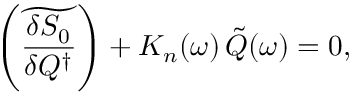
\left( \widetilde { \frac { \delta S _ { 0 } } { \delta Q ^ { \dagger } } } \right) + { \cal K } _ { n } ( \omega ) \, \tilde { Q } ( \omega ) = 0 ,